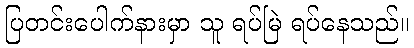
ပြတင်းပေါက်နားမှာ သူ ရပ်မြဲ ရပ်နေသည်။